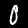
Digit: 0